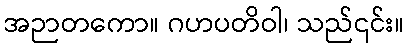
အဉာတကော။ ဂဟပတိဝါ၊ သည်၎င်း။